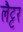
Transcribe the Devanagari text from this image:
लैट्टर